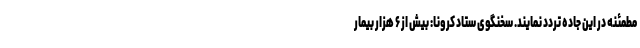
مطمئنه در این جاده تردد نمایند. سخنگوی ستاد کرونا: بیش از ۶ هزار بیمار